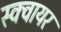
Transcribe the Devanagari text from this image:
स्‍क्‍वायर